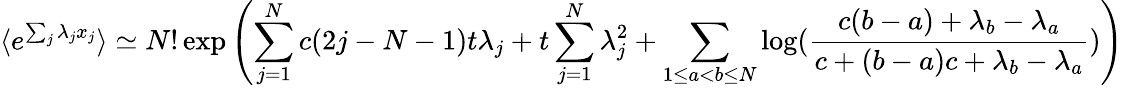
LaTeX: \langle e^{\sum_{j}\lambda_{j}x_{j}}\rangle\simeq N!\exp\left(\sum_{j=1}^{N}c(2j-N-1)t\lambda_{j}+t\sum_{j=1}^{N}\lambda_{j}^{2}+\sum_{1\leq a<b\leq N}\log(\frac{c(b-a)+\lambda_{b}-\lambda_{a}}{c+(b-a)c+\lambda_{b}-\lambda_{a}})\right)